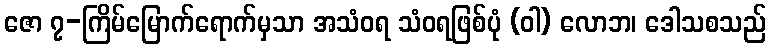
ဇော ၇-ကြိမ်မြောက်ရောက်မှသာ အသံဝရ သံဝရဖြစ်ပုံ (ဝါ) လောဘ၊ ဒေါသစသည်